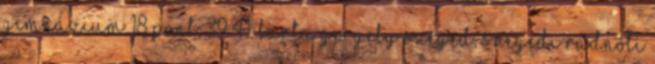
Gimnázium 18 pont; 39–41. Barta Gergely Szeged, Szegedi Radnóti